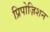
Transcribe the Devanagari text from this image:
प्रिपोज़िशन